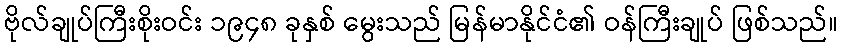
ဗိုလ်ချုပ်ကြီးစိုးဝင်း ၁၉၄၈ ခုနှစ် မွေးသည် မြန်မာနိုင်ငံ၏ ဝန်ကြီးချုပ် ဖြစ်သည်။